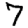
Digit: 7